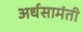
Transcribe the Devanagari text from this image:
अर्धसामंती